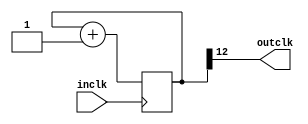
module fenPin(
    input inclk,
    output outclk
    );
    
    reg [31:0]timeclk;
    
    assign outclk = timeclk[12];
    
    initial begin
    timeclk = 0;
    end
    
    always@(posedge inclk)begin
    timeclk = timeclk +1;
    end

    
endmodule